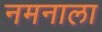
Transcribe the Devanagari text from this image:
नमनाला